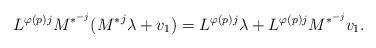
LaTeX: \begin{align*} L^{\varphi(p)j}M^{*^{-j}}({M^*}^j\lambda+v_1)= L^{\varphi(p)j}\lambda+L^{\varphi(p)j}M^{*^{-j}}v_1.\end{align*}